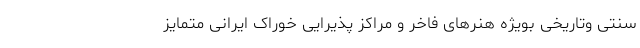
سنتی وتاریخی بویژه هنرهای فاخر و مراکز پذیرایی خوراک ایرانی متمایز